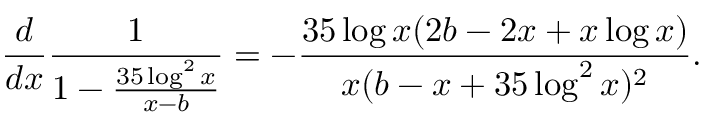
\frac { d } { d x } \frac { 1 } { 1 - \frac { 3 5 \log ^ { 2 } x } { x - b } } = - \frac { 3 5 \log x ( 2 b - 2 x + x \log x ) } { x ( b - x + 3 5 \log ^ { 2 } x ) ^ { 2 } } .